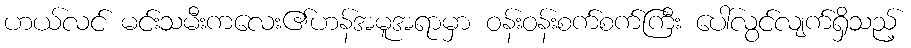
ဟယ်လင် မင်းသမီးကလေး၏ဟန်အမူအရာမှာ ဝန်းဝန်းစက်စက်ကြီး ပေါ်လွင်လျက်ရှိသည့်